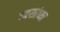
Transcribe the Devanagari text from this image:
पळसांच्या